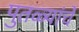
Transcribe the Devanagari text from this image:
पुतळ्यांचे